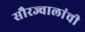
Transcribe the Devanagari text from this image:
सौरज्वालांची